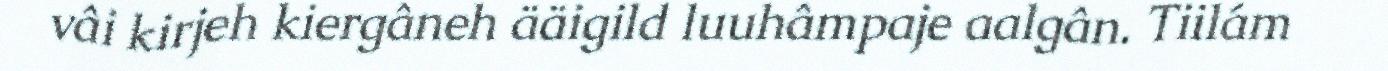
vâi kirjeh kiergâneh ääigild luuhâmpaje aalgân. Tiilám